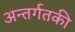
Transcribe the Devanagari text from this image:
अन्तर्गतकी